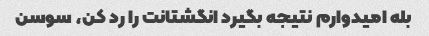
بله امیدوارم نتیجه بگیرد انگشتانت را رد کن، سوسن